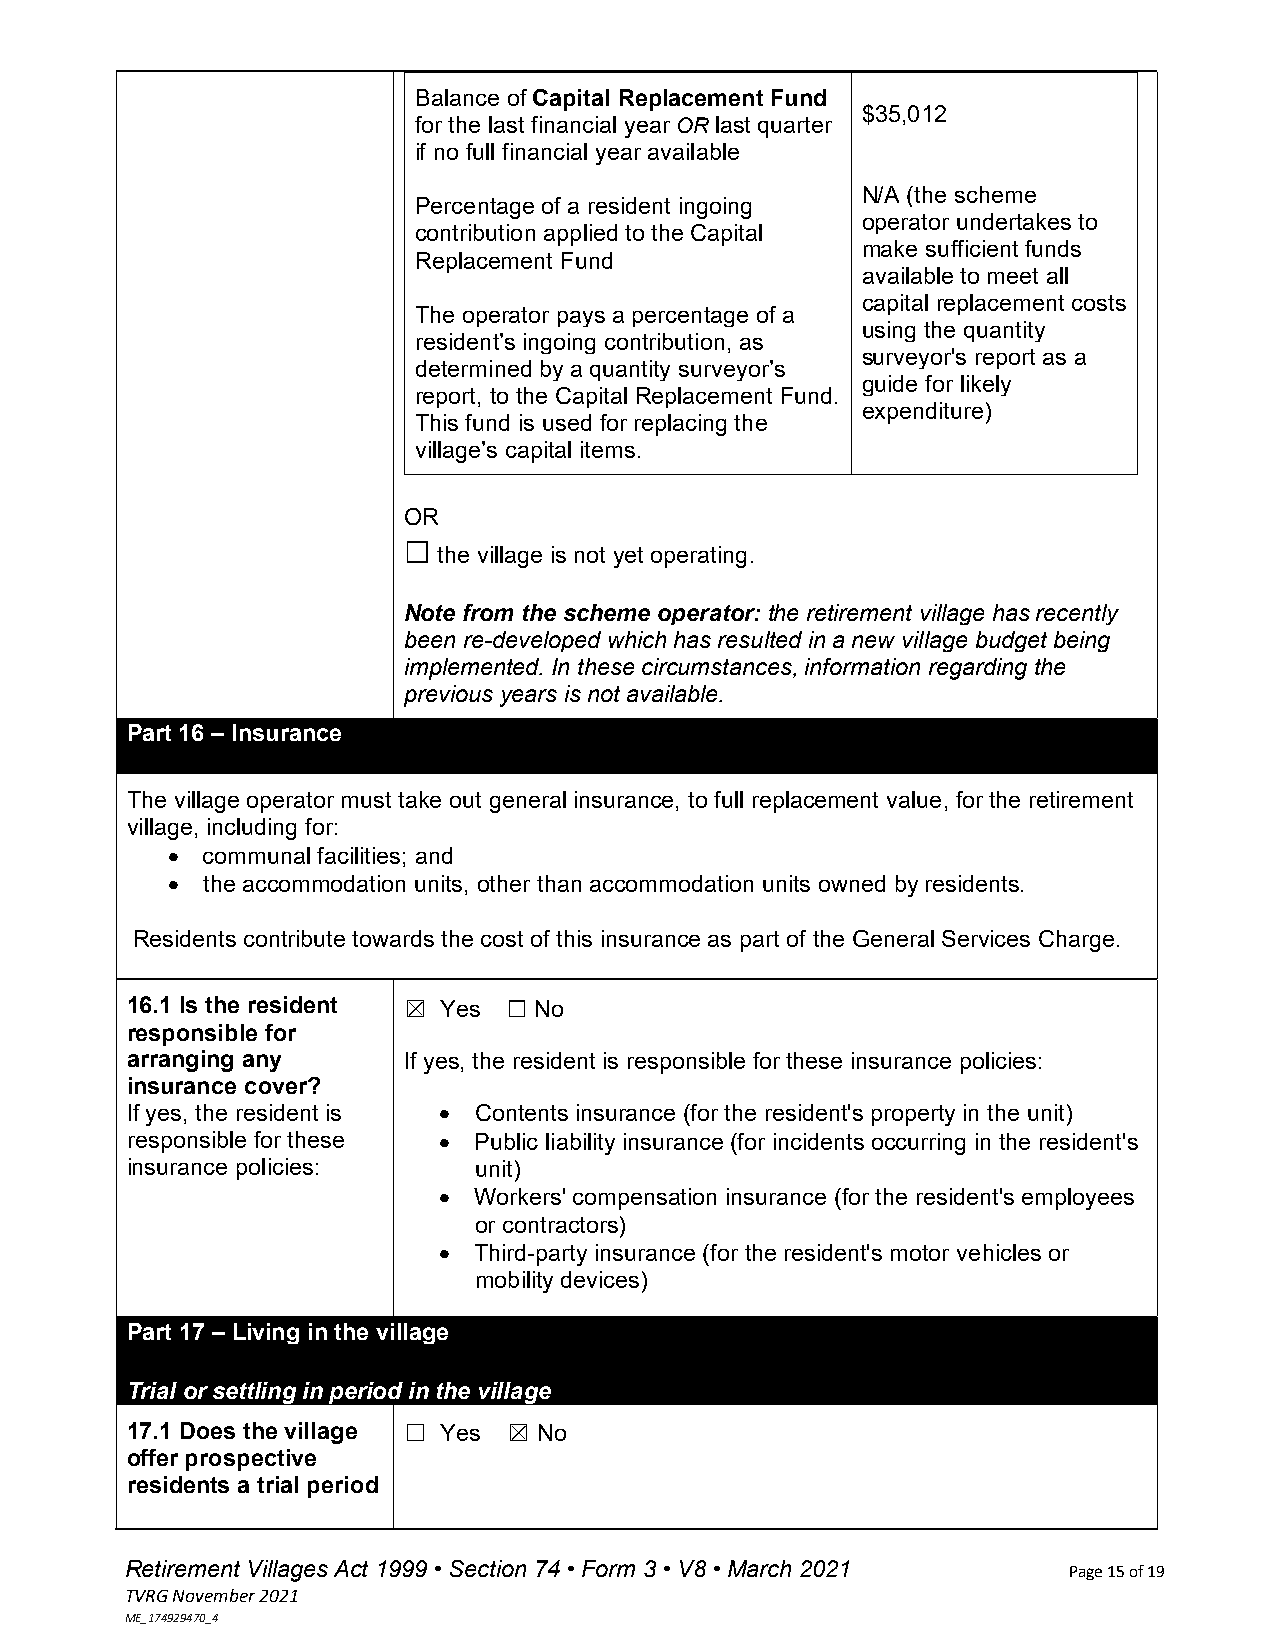
Balance of Capital Replacement Fund
 $35,012
 for the last financial year OR last quarter
 if no full financial year available
 N/A (the scheme
 Percentage of a resident ingoing
 operator undertakes to
 contribution applied to the Capital
 make sufficient funds
 Replacement Fund
 available to meet all
 capital replacement costs
 The operator pays a percentage of a
 using the quantity
 resident’s ingoing contribution, as
 surveyor's report as a
 determined by a quantity surveyor’s
 guide for likely
 report, to the Capital Replacement Fund.
 expenditure)
 This fund is used for replacing the
 village’s capital items.
 OR
 ☐ the village is not yet operating.
 Note from the scheme operator: the retirement village has recently
 been re-developed which has resulted in a new village budget being
 implemented. In these circumstances, information regarding the
 previous years is not available.
 Part 16 – Insurance
 The village operator must take out general insurance, to full replacement value, for the retirement
 village, including for:
  communal facilities; and
  the accommodation units, other than accommodation units owned by residents.
 Residents contribute towards the cost of this insurance as part of the General Services Charge.
 16.1 Is the resident ☒ Yes ☐ No
 responsible for
 arranging any      If yes, the resident is responsible for these insurance policies:
 insurance cover?
 If yes, the resident is  Contents insurance (for the resident's property in the unit)
 responsible for these  Public liability insurance (for incidents occurring in the resident's
 insurance policies:    unit)
  Workers' compensation insurance (for the resident's employees
 or contractors)
  Third-party insurance (for the resident's motor vehicles or
 mobility devices)
 Part 17 – Living in the village
 Trial or settling in period in the village
 17.1 Does the village ☐ Yes ☒ No
 offer prospective
 residents a trial period
 Retirement Villages Act 1999 • Section 74 • Form 3 • V8 • March 2021 Page 15 of 19
 TVRG November 2021
 ME_174929470_4